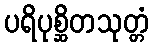
ပရိပုစ္ဆိတသုတ္တံ